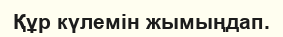
Құр күлемін жымыңдап.